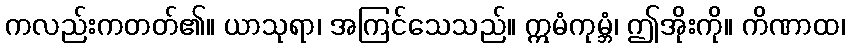
ကလည်းကတတ်၏။ ယာသုရာ၊ အကြင်သေသည်။ ဣမံကုမ္ဘံ၊ ဤအိုးကို။ ကိဏာထ၊